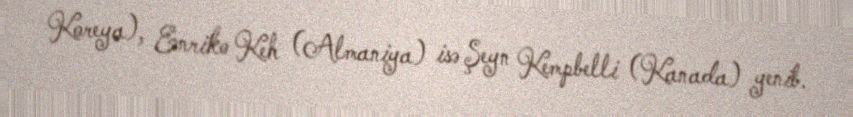
Koreya), Enriko Keh (Almaniya) isə Şeyn Kempbelli (Kanada) yenib.